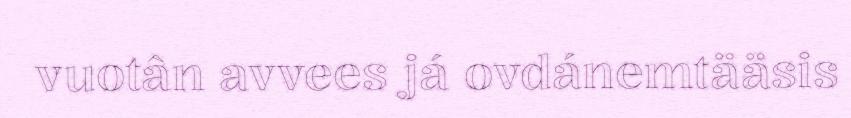
vuotân avvees já ovdánemtääsis